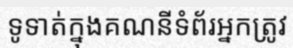
ទូទាត់ក្នុងគណនីទំព័រអ្នកត្រូវ